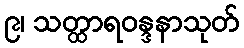
၉၊ သတ္ထာရဝန္ဒနာသုတ်